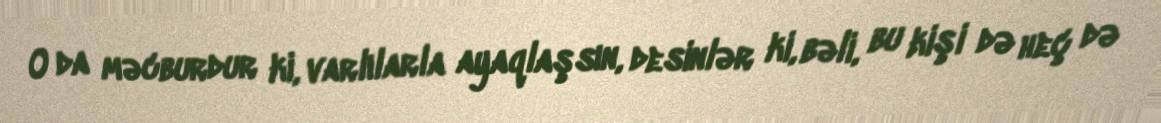
O da məcburdur ki, varlılarla ayaqlaşsın, desinlər ki, bəli, bu kişi də heç də